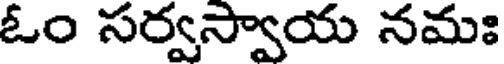
ఓం సర్వస్వాయ నమః